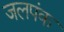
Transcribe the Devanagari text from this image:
जलपंक